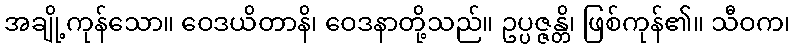
အချို့ကုန်သော။ ဝေဒယိတာနိ၊ ဝေဒနာတို့သည်။ ဥပ္ပဇ္ဇန္တိ၊ ဖြစ်ကုန်၏။ သီဝက၊